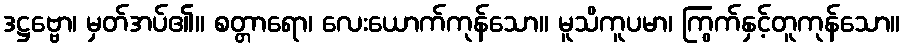
ဒဋ္ဌဗ္ဗော၊ မှတ်အပ်၏။ စတ္တာရော၊ လေးယောက်ကုန်သော။ မူသိကူပမာ၊ ကြွက်နှင့်တူကုန်သော။